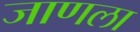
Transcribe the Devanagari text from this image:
जाणला